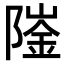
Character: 𨼅